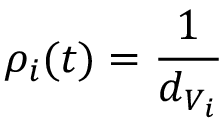
\rho _ { i } ( t ) = \frac { 1 } { d _ { V _ { i } } }